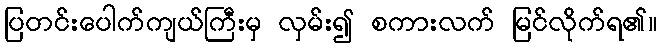
ပြတင်းပေါက်ကျယ်ကြီးမှ လှမ်း၍ စကားလက် မြင်လိုက်ရ၏။